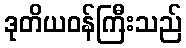
ဒုတိယဝန်ကြီးသည်